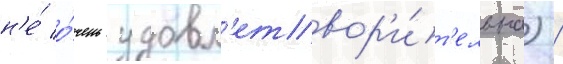
н'е́ о́чень удовл'етвор'и́т'ельна) /